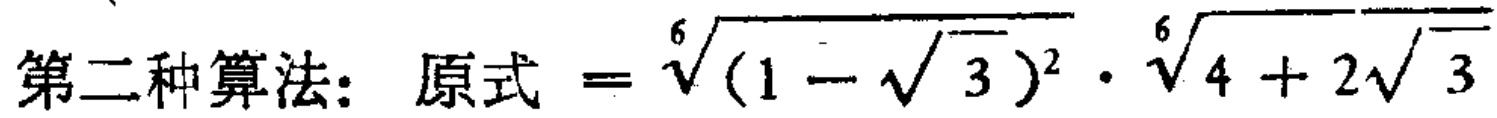
第二种算法：原式$=\sqrt[6]{(1 - \sqrt{3})^2}\cdot\sqrt[6]{4 + 2\sqrt{3}}$